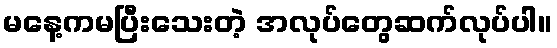
မနေ့ကမပြီးသေးတဲ့ အလုပ်တွေဆက်လုပ်ပါ။